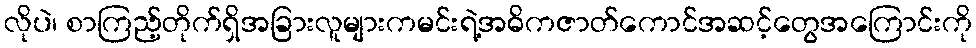
လိုပဲ၊ စာကြည့်တိုက်ရှိအခြားလူများကမင်းရဲ့အဓိကဇာတ်ကောင်အဆင့်တွေအကြောင်းကို